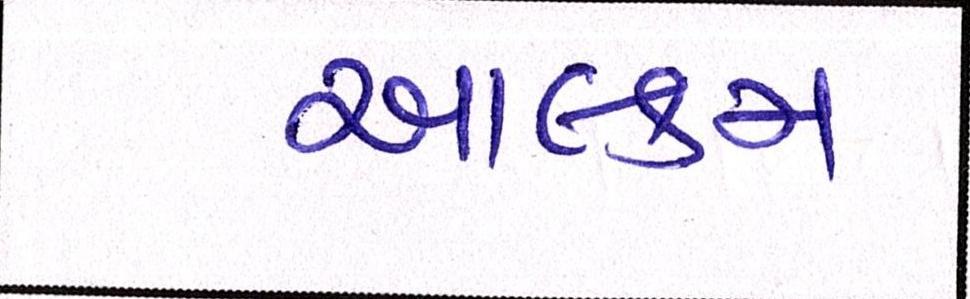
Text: આલ્કમ